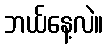
ဘယ်နေ့လဲ။